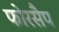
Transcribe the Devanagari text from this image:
फोरसैप